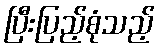
ပြီးပြည့်စုံသည့်